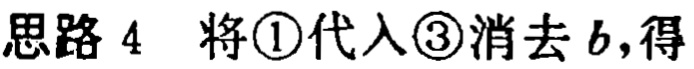
思路 4 将\textcircled{1}代入\textcircled{3}消去 \(b\)，得